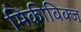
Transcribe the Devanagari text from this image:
मिकीविक्ज